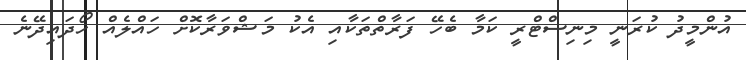
އުންމީދު ކުރަނީ މިނިސްޓްރީ ކަމާ ބެހޭ ފަރާތްތަކާއި އެކު މަޝްވަރާކޮށް ހައްލެއް ހޯދައިދޭނެ